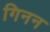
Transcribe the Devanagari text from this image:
गिनन